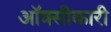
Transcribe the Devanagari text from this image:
ऑक्सीकारी